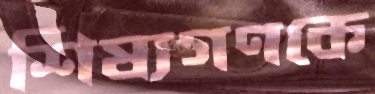
শিষ্যগণকে